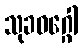
သုခဝဂ္ဂေါ